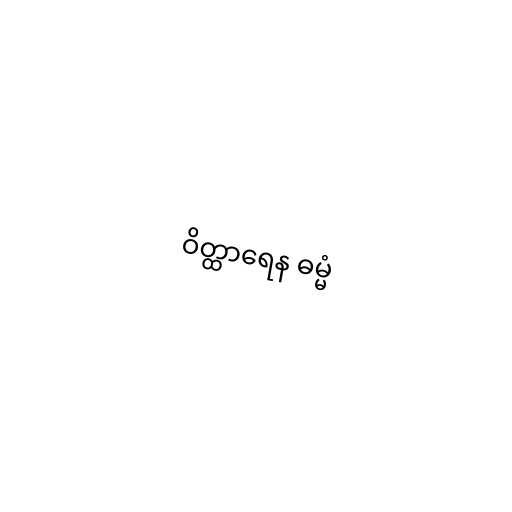
ဝိတ္ထာရေန ဓမ္မံ